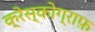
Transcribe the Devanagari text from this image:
क्रेस्कोग्राफ़